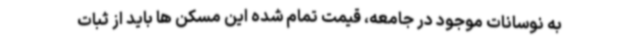
به نوسانات موجود در جامعه، قیمت تمام شده این مسکن ها باید از ثبات